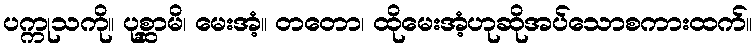
ပက္ကုသကို။ ပုစ္ဆာမိ၊ မေးအံ့။ တတော၊ ထိုမေးအံ့ဟုဆိုအပ်သောစကားထက်။